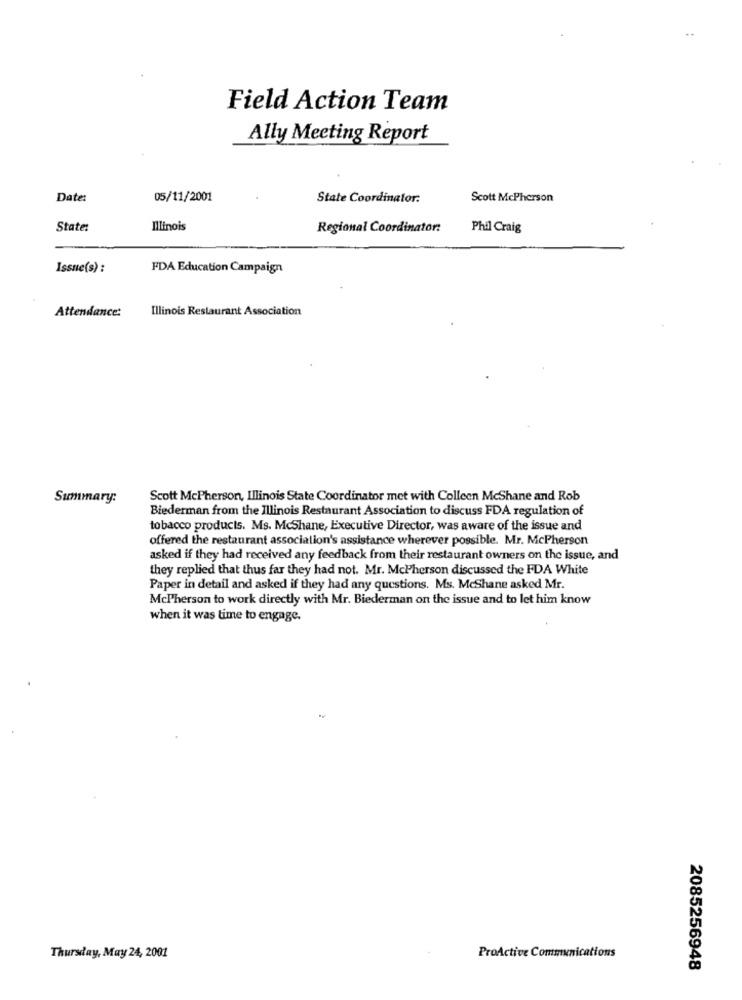
Field Action Team
Ally Meeting Report
Date:
05/11/2001
State Coordinator:
Scott McPherson
State:
Illinois
Regional Coordinator:
Phil Craig
Issue(s) :
FDA Education Campaign
Illinois Restaurant Association
Attendance:
Summary:
Scott McPherson, Illinois State Coordinator met with Colleen McShane and Rob
Biederman from the Illinois Restaurant Association to discuss FDA regulation of
tobacco products. Ms. McShane, Executive Director, was aware of the issue and
offered the restaurant association's assistance wherever possible. Mr. McPherson
asked if they had received any feedback from their restaurant owners on the issue, and
they replied that thus far they had not. Mr. McPherson discussed the FDA White
Paper in detail and asked if they had any questions. Ms. McShane asked Mr.
McPherson to work directly with Mr. Biederman on the issue and to let him know
when it was time to engage.
ProActive Communications
Thursday, May 24, 2001
2085256948